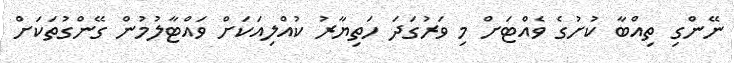
ނޭންގި ތިއްބާ ކުށުގެ ވެއްޓަށް މި ވަރުގަދަ ހަތިޔާރު ކުއްލިއަކަށް ވައްޓާލުމުން ގޭންގުތަކަށް